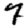
Digit: 7